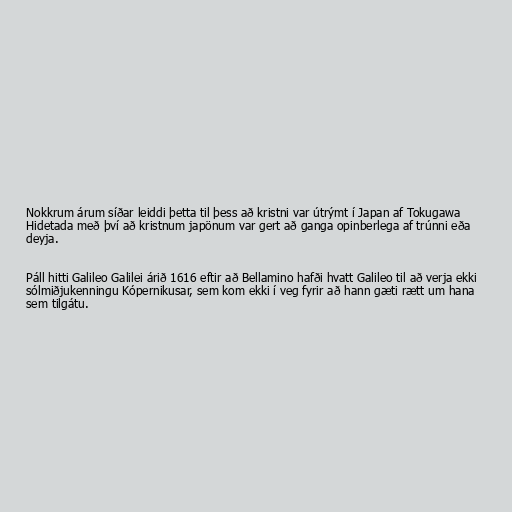
Nokkrum árum síðar leiddi þetta til þess að kristni var útrýmt í Japan af Tokugawa
Hidetada með því að kristnum japönum var gert að ganga opinberlega af trúnni eða
deyja.

Páll hitti Galileo Galilei árið 1616 eftir að Bellamino hafði hvatt Galileo til að verja ekki
sólmiðjukenningu Kópernikusar, sem kom ekki í veg fyrir að hann gæti rætt um hana
sem tilgátu.